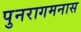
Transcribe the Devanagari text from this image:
पुनरागमनास